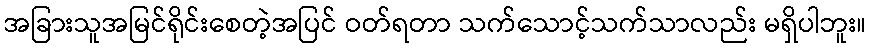
အခြားသူအမြင်ရိုင်းစေတဲ့အပြင် ဝတ်ရတာ သက်သောင့်သက်သာလည်း မရှိပါဘူး။